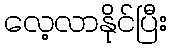
လေ့လာနိုင်ပြီး